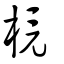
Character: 樈